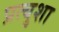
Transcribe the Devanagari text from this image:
प्रत्युशा